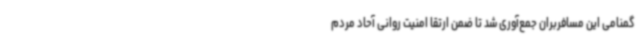
گمنامی این مسافربران جمع‌آوری شد تا ضمن ارتقا امنیت روانی آحاد مردم